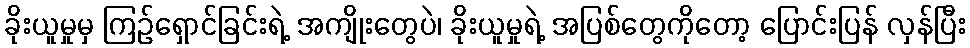
ခိုးယူမှုမှ ကြဉ်ရှောင်ခြင်းရဲ့ အကျိုးတွေပဲ၊ ခိုးယူမှုရဲ့ အပြစ်တွေကိုတော့ ပြောင်းပြန် လှန်ပြီး